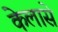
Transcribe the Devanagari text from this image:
केलासे